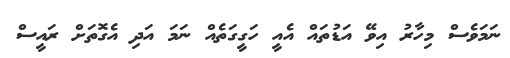
ނަމަވެސް މިހާރު އިވޭ އަޑުތައް އެއީ ހަގީގަތެއް ނަމަ އަދި އެގޮތަށް ރައީސް